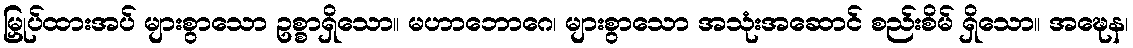
မြှုပ်ထားအပ် များစွာသော ဥစ္စာရှိသော။ မဟာဘောဂေ၊ များစွာသော အသုံးအဆောင် စည်းစိမ် ရှိသော။ အဍ္ဎေန၊